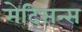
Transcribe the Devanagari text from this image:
मेद्सिन्स